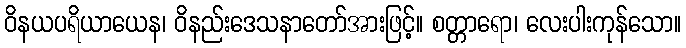
ဝိနယပရိယာယေန၊ ဝိနည်းဒေသနာတော်အားဖြင့်။ စတ္တာရော၊ လေးပါးကုန်သော။